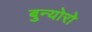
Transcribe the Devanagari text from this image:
बुन्योरो